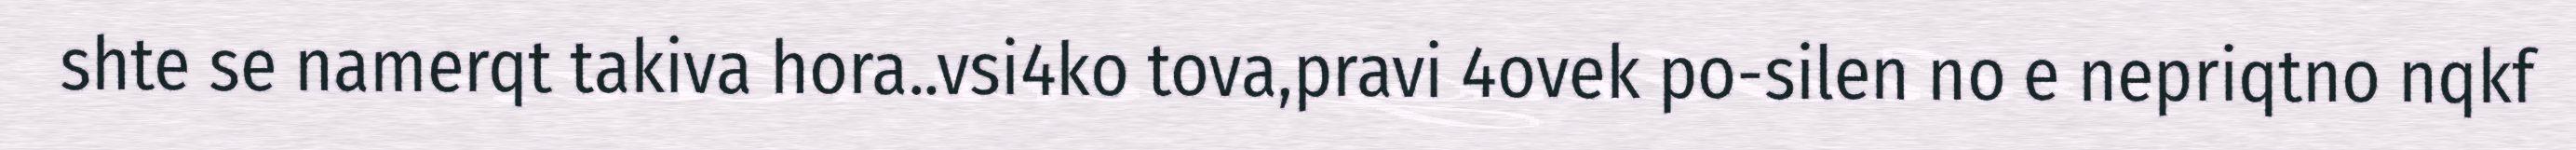
shte se namerqt takiva hora..vsi4ko tova,pravi 4ovek po-silen no e nepriqtno nqkf